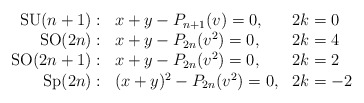
\begin{align*}\begin{array}{rll} {\rm SU}(n+1):& x+y - P_{n+1}(v)=0, & 2k= 0 \\ {\rm SO}(2n): & x+y - P_{2n}(v^2)=0, & 2k=4 \\ {\rm SO}(2n+1):& x+y - P_{2n}(v^2) =0, & 2k=2 \\ {\rm Sp}(2n): & (x+y)^2 - P_{2n}(v^2)=0, & 2k=-2 \\ \end{array}\end{align*}